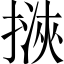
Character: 𢲯